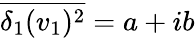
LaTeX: \overline{{\delta_{1}(v_{1})^{2}}}=a+ib